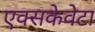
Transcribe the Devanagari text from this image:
एक्सकेवेटा